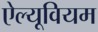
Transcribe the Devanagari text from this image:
ऐल्यूवियम